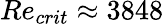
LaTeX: Re_{crit}\approx 3848